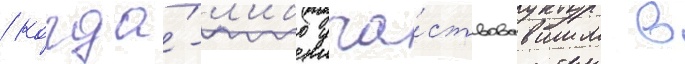
/ когда́-л'ибо уча́ствовавшим в